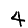
Digit: 4